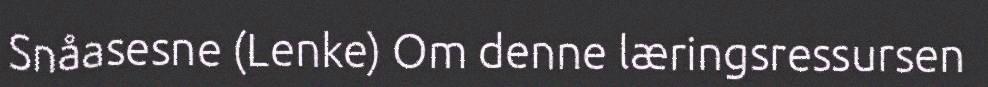
Snåasesne (Lenke) Om denne læringsressursen